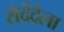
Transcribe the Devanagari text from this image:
रोदेंदेला